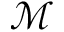
\mathcal { M }